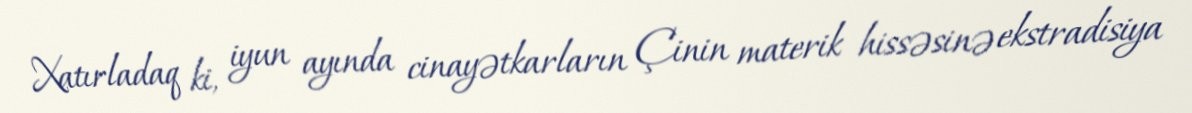
Xatırladaq ki, iyun ayında cinayətkarların Çinin materik hissəsinə ekstradisiya